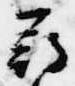
尋